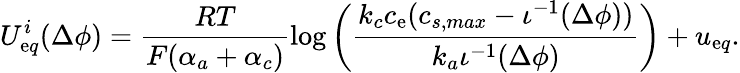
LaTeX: {U_{\mathrm{e}q}^{i}}(\Delta\phi)=\frac{{RT}}{{F(\alpha_{a}+\alpha_{c})}}\log\left(\frac{{k_{c}c_{\mathrm{e}}(c_{s,max}-\iota^{-1}(\Delta\phi))}}{{k_{a}\iota^{-1}(\Delta\phi)}}\right)+u_{\mathrm{e}q}.